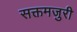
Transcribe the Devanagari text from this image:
सक्तमजुरी